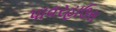
પાવરહાઉસ